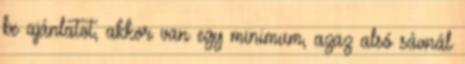
be ajánlatot, akkor van egy minimum, azaz alsó sávnál